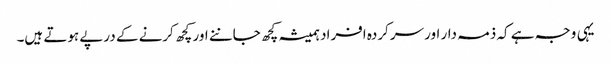
یہی وجہ ہے کہ ذمہ دار اور سرکردہ افراد ہمیشہ کچھ جاننے اور کچھ کرنے کے درپے ہوتے ہیں۔